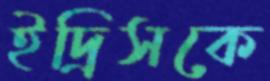
ইদ্রিসকে